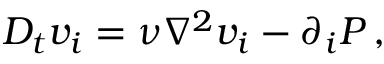
D _ { t } v _ { i } = \nu \nabla ^ { 2 } v _ { i } - \partial _ { i } P \, ,